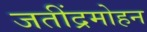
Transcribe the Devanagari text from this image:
जतींद्रमोहन